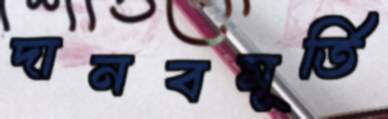
দানবমূর্তি